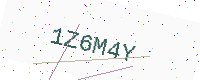
Text: 1Z6M4Y